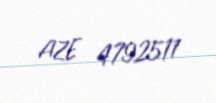
AZE 4792511